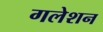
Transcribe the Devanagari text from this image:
गलेशन